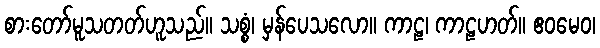
စားတော်မူသတတ်ဟူသည်။ သစ္စံ၊ မှန်ပေသလော။ ကာဠ၊ ကာဠဟတ်။ ဧဝမေဝ၊